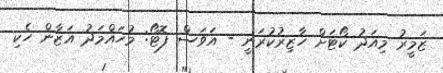
ޒަމީރު މިއަދު ކޯޓަށް ހާޒިރުކުރަނީ - އަވަސް ފޮޓޯ: މުހައްމަދު އަޒާން ހެކި